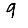
Digit: 9